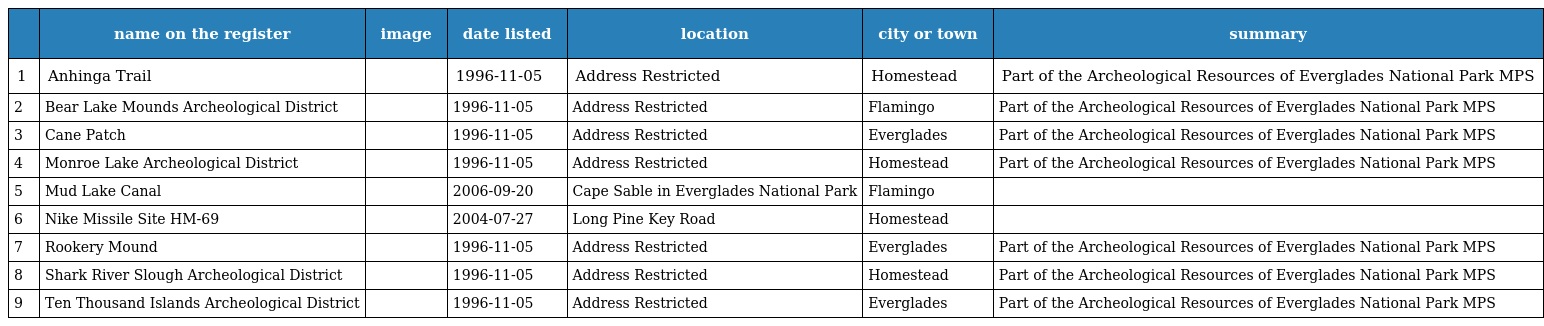
|  | name on the register | image | date listed | location | city or town | summary |
 | --- | --- | --- | --- | --- | --- | --- |
 | 1 | Anhinga Trail |  | 1996-11-05 | Address Restricted | Homestead | Part of the Archeological Resources of Everglades National Park MPS |
 | 2 | Bear Lake Mounds Archeological District |  | 1996-11-05 | Address Restricted | Flamingo | Part of the Archeological Resources of Everglades National Park MPS |
 | 3 | Cane Patch |  | 1996-11-05 | Address Restricted | Everglades | Part of the Archeological Resources of Everglades National Park MPS |
 | 4 | Monroe Lake Archeological District |  | 1996-11-05 | Address Restricted | Homestead | Part of the Archeological Resources of Everglades National Park MPS |
 | 5 | Mud Lake Canal |  | 2006-09-20 | Cape Sable in Everglades National Park | Flamingo |  |
 | 6 | Nike Missile Site HM-69 |  | 2004-07-27 | Long Pine Key Road | Homestead |  |
 | 7 | Rookery Mound |  | 1996-11-05 | Address Restricted | Everglades | Part of the Archeological Resources of Everglades National Park MPS |
 | 8 | Shark River Slough Archeological District |  | 1996-11-05 | Address Restricted | Homestead | Part of the Archeological Resources of Everglades National Park MPS |
 | 9 | Ten Thousand Islands Archeological District |  | 1996-11-05 | Address Restricted | Everglades | Part of the Archeological Resources of Everglades National Park MPS |